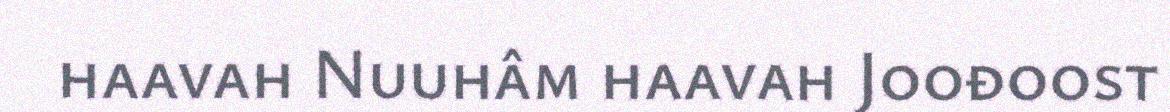
haavah Nuuhâm haavah Joođoost